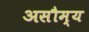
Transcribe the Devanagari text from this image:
असौम्य